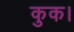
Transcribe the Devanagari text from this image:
कुक।